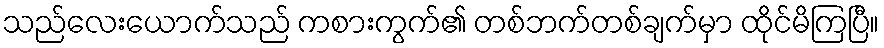
သည်လေးယောက်သည် ကစားကွက်၏ တစ်ဘက်တစ်ချက်မှာ ထိုင်မိကြပြီ။